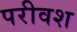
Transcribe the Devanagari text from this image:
परीवश